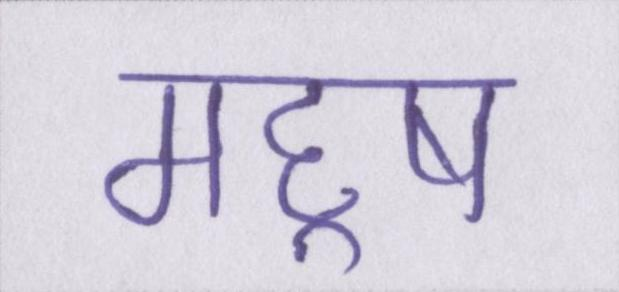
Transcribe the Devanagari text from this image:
महॢष